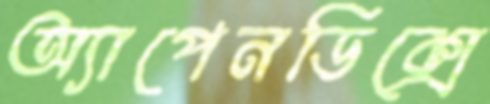
অ্যাপেনডিক্সে